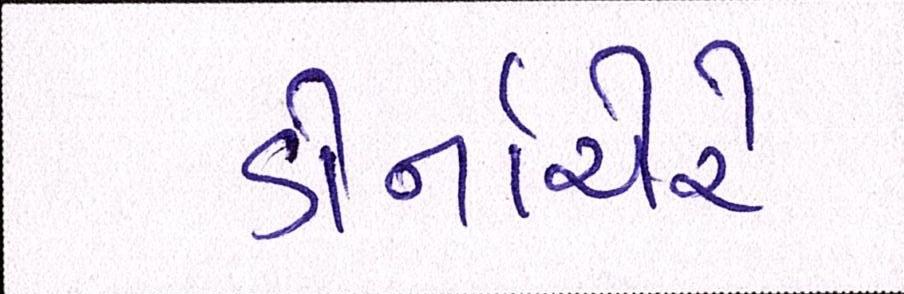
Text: ડોર્નાચેરે